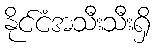
နိုင်ငံအသီးသီးရှိ